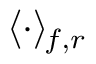
\langle \cdot \rangle _ { \! f , r }